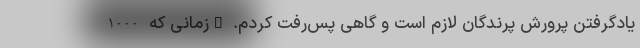
یادگرفتن پرورش پرندگان لازم است و گاهی پس‌رفت کردم. "زمانی که 1000